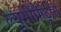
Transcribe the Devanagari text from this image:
ल्युमीफ़ैंट्रीन